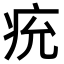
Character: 𤵔